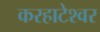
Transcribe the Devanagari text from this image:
करहाटेश्वर